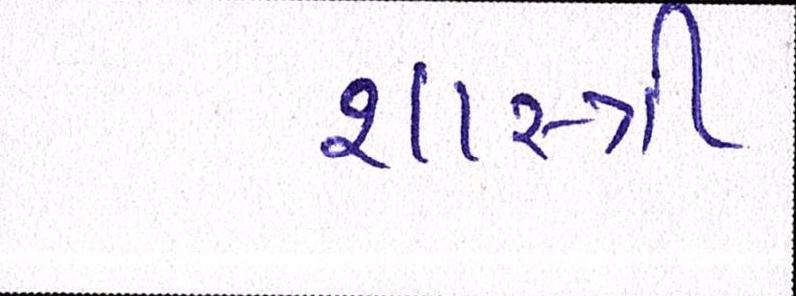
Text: શાસ્ત્રી